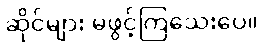
ဆိုင်များ မဖွင့်ကြသေးပေ။